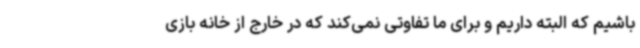
باشیم که البته داریم و برای ما تفاوتی نمی‌کند که در خارج از خانه بازی